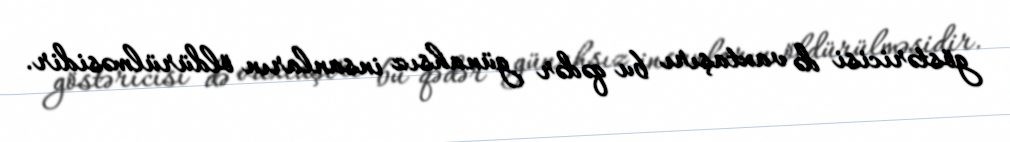
göstəricisi də vaxtaşırı bu qədər günahsız insanların öldürülməsidir.